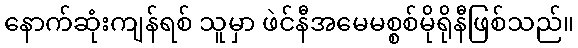
နောက်ဆုံးကျန်ရစ် သူမှာ ဖဲင်နီအမေမစ္စစ်မိုရိုနီဖြစ်သည်။